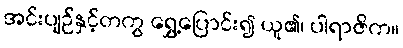
အင်းပျဉ်နှင့်တကွ ရွှေ့ပြောင်း၍ ယူ၏၊ ပါရာဇိက။